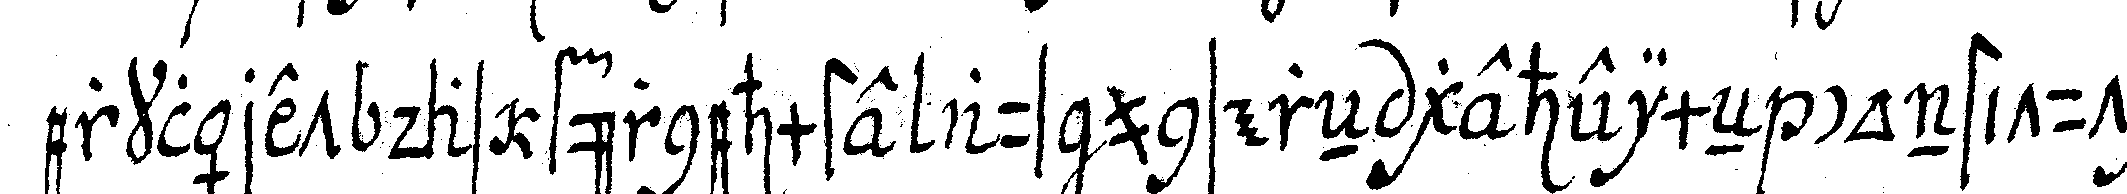
erkläret das fürnehmste aus unsereN geheimeN constituti